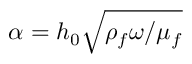
{ \alpha } = h _ { 0 } \sqrt { \rho _ { f } \omega / \mu _ { f } }